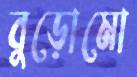
বুড়োমো